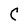
Character: C